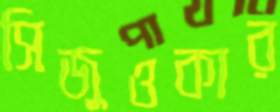
সিজুওকার